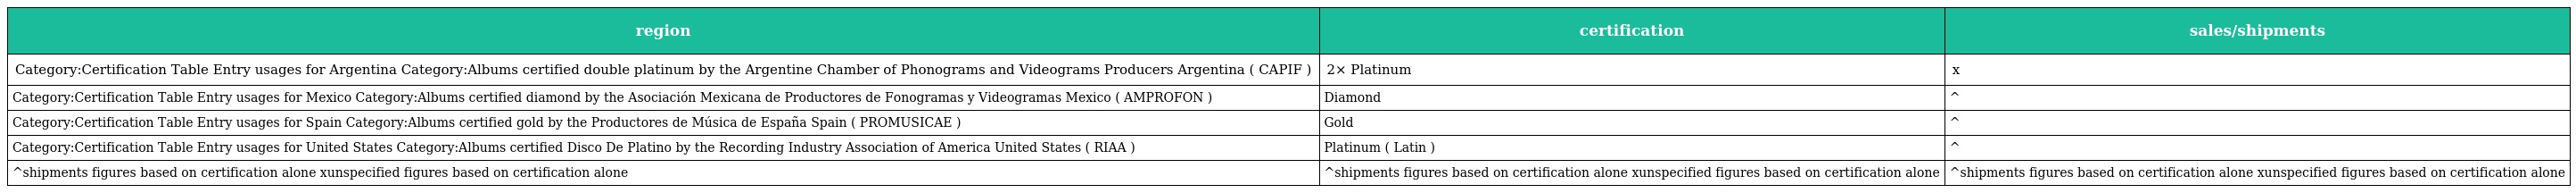
| region | certification | sales/shipments |
 | --- | --- | --- |
 | Category:Certification Table Entry usages for Argentina Category:Albums certified double platinum by the Argentine Chamber of Phonograms and Videograms Producers Argentina ( CAPIF ) | 2× Platinum | x |
 | Category:Certification Table Entry usages for Mexico Category:Albums certified diamond by the Asociación Mexicana de Productores de Fonogramas y Videogramas Mexico ( AMPROFON ) | Diamond | ^ |
 | Category:Certification Table Entry usages for Spain Category:Albums certified gold by the Productores de Música de España Spain ( PROMUSICAE ) | Gold | ^ |
 | Category:Certification Table Entry usages for United States Category:Albums certified Disco De Platino by the Recording Industry Association of America United States ( RIAA ) | Platinum ( Latin ) | ^ |
 | ^shipments figures based on certification alone xunspecified figures based on certification alone | ^shipments figures based on certification alone xunspecified figures based on certification alone | ^shipments figures based on certification alone xunspecified figures based on certification alone |